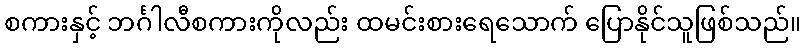
စကားနှင့် ဘင်္ဂါလီစကားကိုလည်း ထမင်းစားရေသောက် ပြောနိုင်သူဖြစ်သည်။